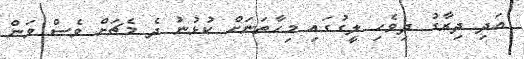
އަދި ދިރާގު ދިވެހި ލީގުގައި މިހާތަނަށް ކުޅުނު ދެ މެޗަށް ވެސް ވަން